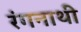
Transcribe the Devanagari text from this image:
रंगनाथी